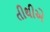
તીથીએ